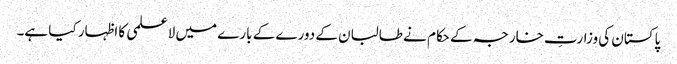
پاکستان کی وزارتِ خارجہ کے حکام نے طالبان کے دورے کے بارے میں لاعلمی کا اظہار کیا ہے۔